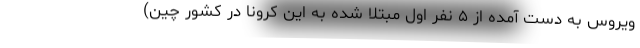
ویروس به دست آمده از ۵ نفر اول مبتلا شده به این کرونا در کشور چین)